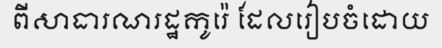
ពីសាធារណរដ្ឋកូរ៉េ ដែលរៀបចំដោយ